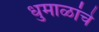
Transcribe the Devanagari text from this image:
धुमाळांचे